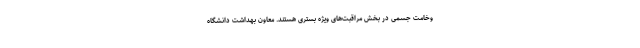
وخامت جسمی در بخش مراقبت‌های ویژه بستری هستند. معاون بهداشت دانشگاه